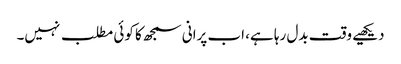
دیکھیے وقت بدل رہا ہے، اب پرانی سمجھ کا کوئی مطلب نہیں۔